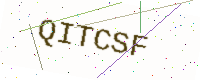
Text: QITCSF